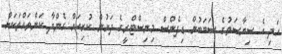
އަދި އެ ސިޔާސަތުގެ ސަބަބުން ޑިފެންސް މިނިސްޓްރީގެ ދަށުން ކުރިއަށް ގެންދާ ކަންތައްތަކަށް